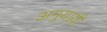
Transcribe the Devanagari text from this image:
अनुयाय़ी